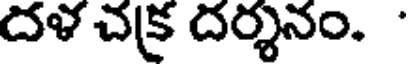
దళ చక్ర దర్శనం. '